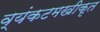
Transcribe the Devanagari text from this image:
व्यंकटमखीकृत